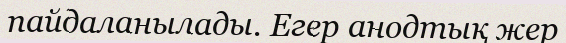
пайдаланылады. Егер анодтық жер